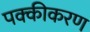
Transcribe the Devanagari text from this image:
पक्कीकरण